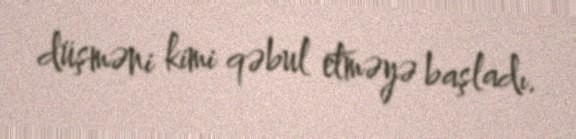
düşməni kimi qəbul etməyə başladı.